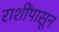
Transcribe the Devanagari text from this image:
राशींपासून